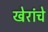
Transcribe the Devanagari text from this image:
खेरांचे